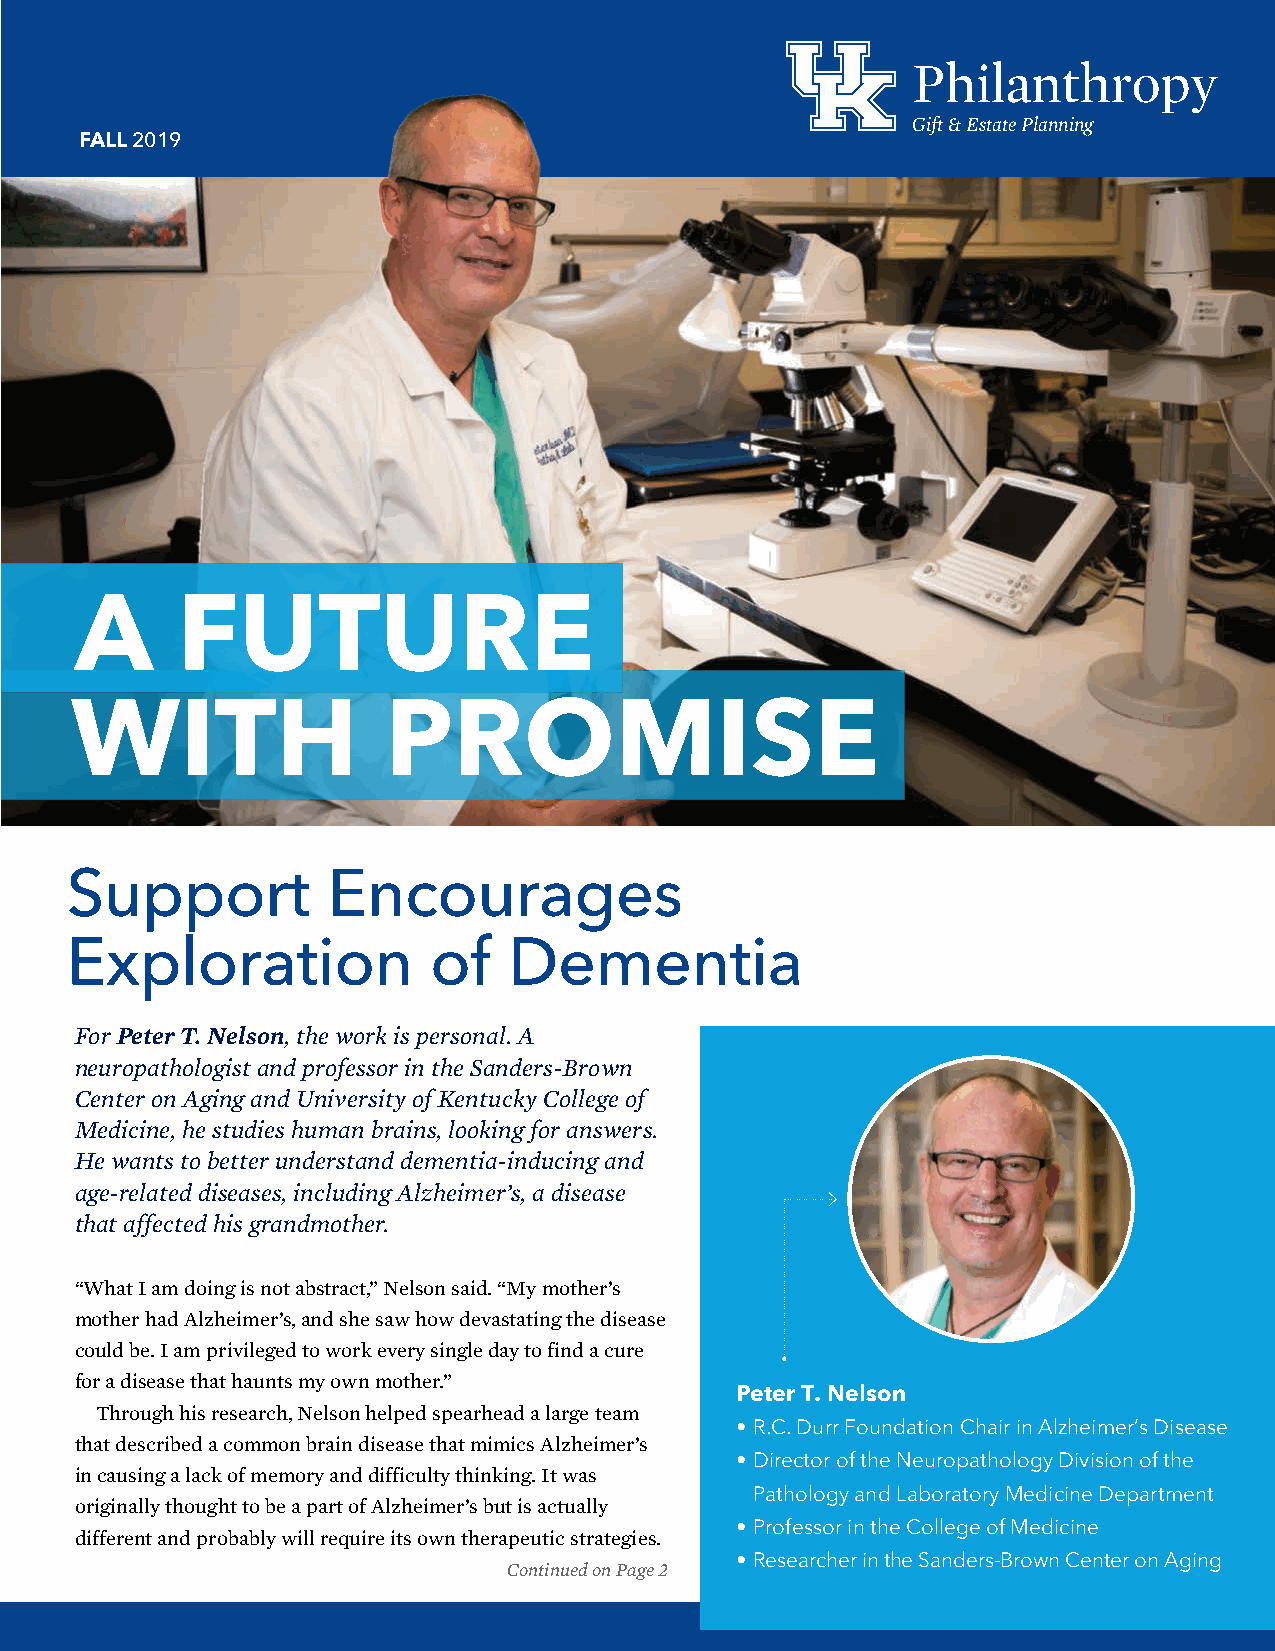
Philanthropy
 Gift&EstatePlanning
 FALL2019
 A      FUTURE
 WITH                PROMISE
 Support           Encourages
 Exploration             of    Dementia
 ForPeterT.Nelson,theworkispersonal.A
 neuropathologistandprofessorintheSanders-Brown
 CenteronAgingandUniversityofKentuckyCollegeof
 Medicine,hestudieshumanbrains,lookingforanswers.
 Hewantstobetterunderstanddementia-inducingand
 age-relateddiseases,includingAlzheimer’s,adisease
 thataffectedhisgrandmother.
 “WhatIamdoingisnotabstract,”Nelsonsaid.“Mymother’s
 motherhadAlzheimer’s,andshesawhowdevastatingthedisease
 couldbe.Iamprivilegedtoworkeverysingledaytofindacure
 foradiseasethathauntsmyownmother.”
 Peter T. Nelson
 Throughhisresearch,Nelsonhelpedspearheadalargeteam
 •R.C. Durr Foundation Chair in Alzheimer’s Disease
 thatdescribedacommonbraindiseasethatmimicsAlzheimer’s
 •Director of the Neuropathology Division of the
 incausingalackofmemoryanddifficultythinking.Itwas
 Pathology and Laboratory Medicine Department
 originallythoughttobeapartofAlzheimer’sbutisactually
 •Professor in the College of Medicine
 differentandprobablywillrequireitsowntherapeuticstrategies.
 • Researcher in the Sanders-Brown Center on Aging
 ContinuedonPage2